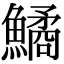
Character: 鱊